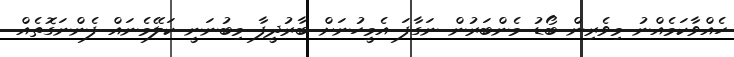
ހެއްވާކަމެއްނު މިވެރިން ބޯޑު މެންބަރުން ނަގާފަ އެމީހުނަށް ބާރުދީފާ މިބުނަނީ ކަލޭމެނައް ފެންނަގޮތެއް